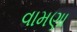
વામણા